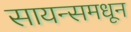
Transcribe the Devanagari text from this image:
सायन्समधून